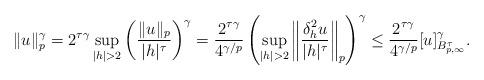
LaTeX: \begin{align*}\|u\|_p^\gamma=2^{\tau\gamma}\sup_{|h|>2} \left(\frac{\|u\|_p}{|h|^\tau}\right)^\gamma=\frac{2^{\tau\gamma}}{4^{\gamma/p}} \left(\sup_{|h|>2}\left\|\frac{\delta_{h}^2u}{|h|^\tau}\right\|_p \right)^\gamma\leq \frac{2^{\tau\gamma}}{4^{\gamma/p}}[u]_{B^{\tau}_{p,\infty}}^\gamma.\end{align*}